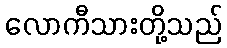
လောကီသားတို့သည်